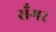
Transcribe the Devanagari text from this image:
सॅंगर